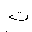
Letter: _tha